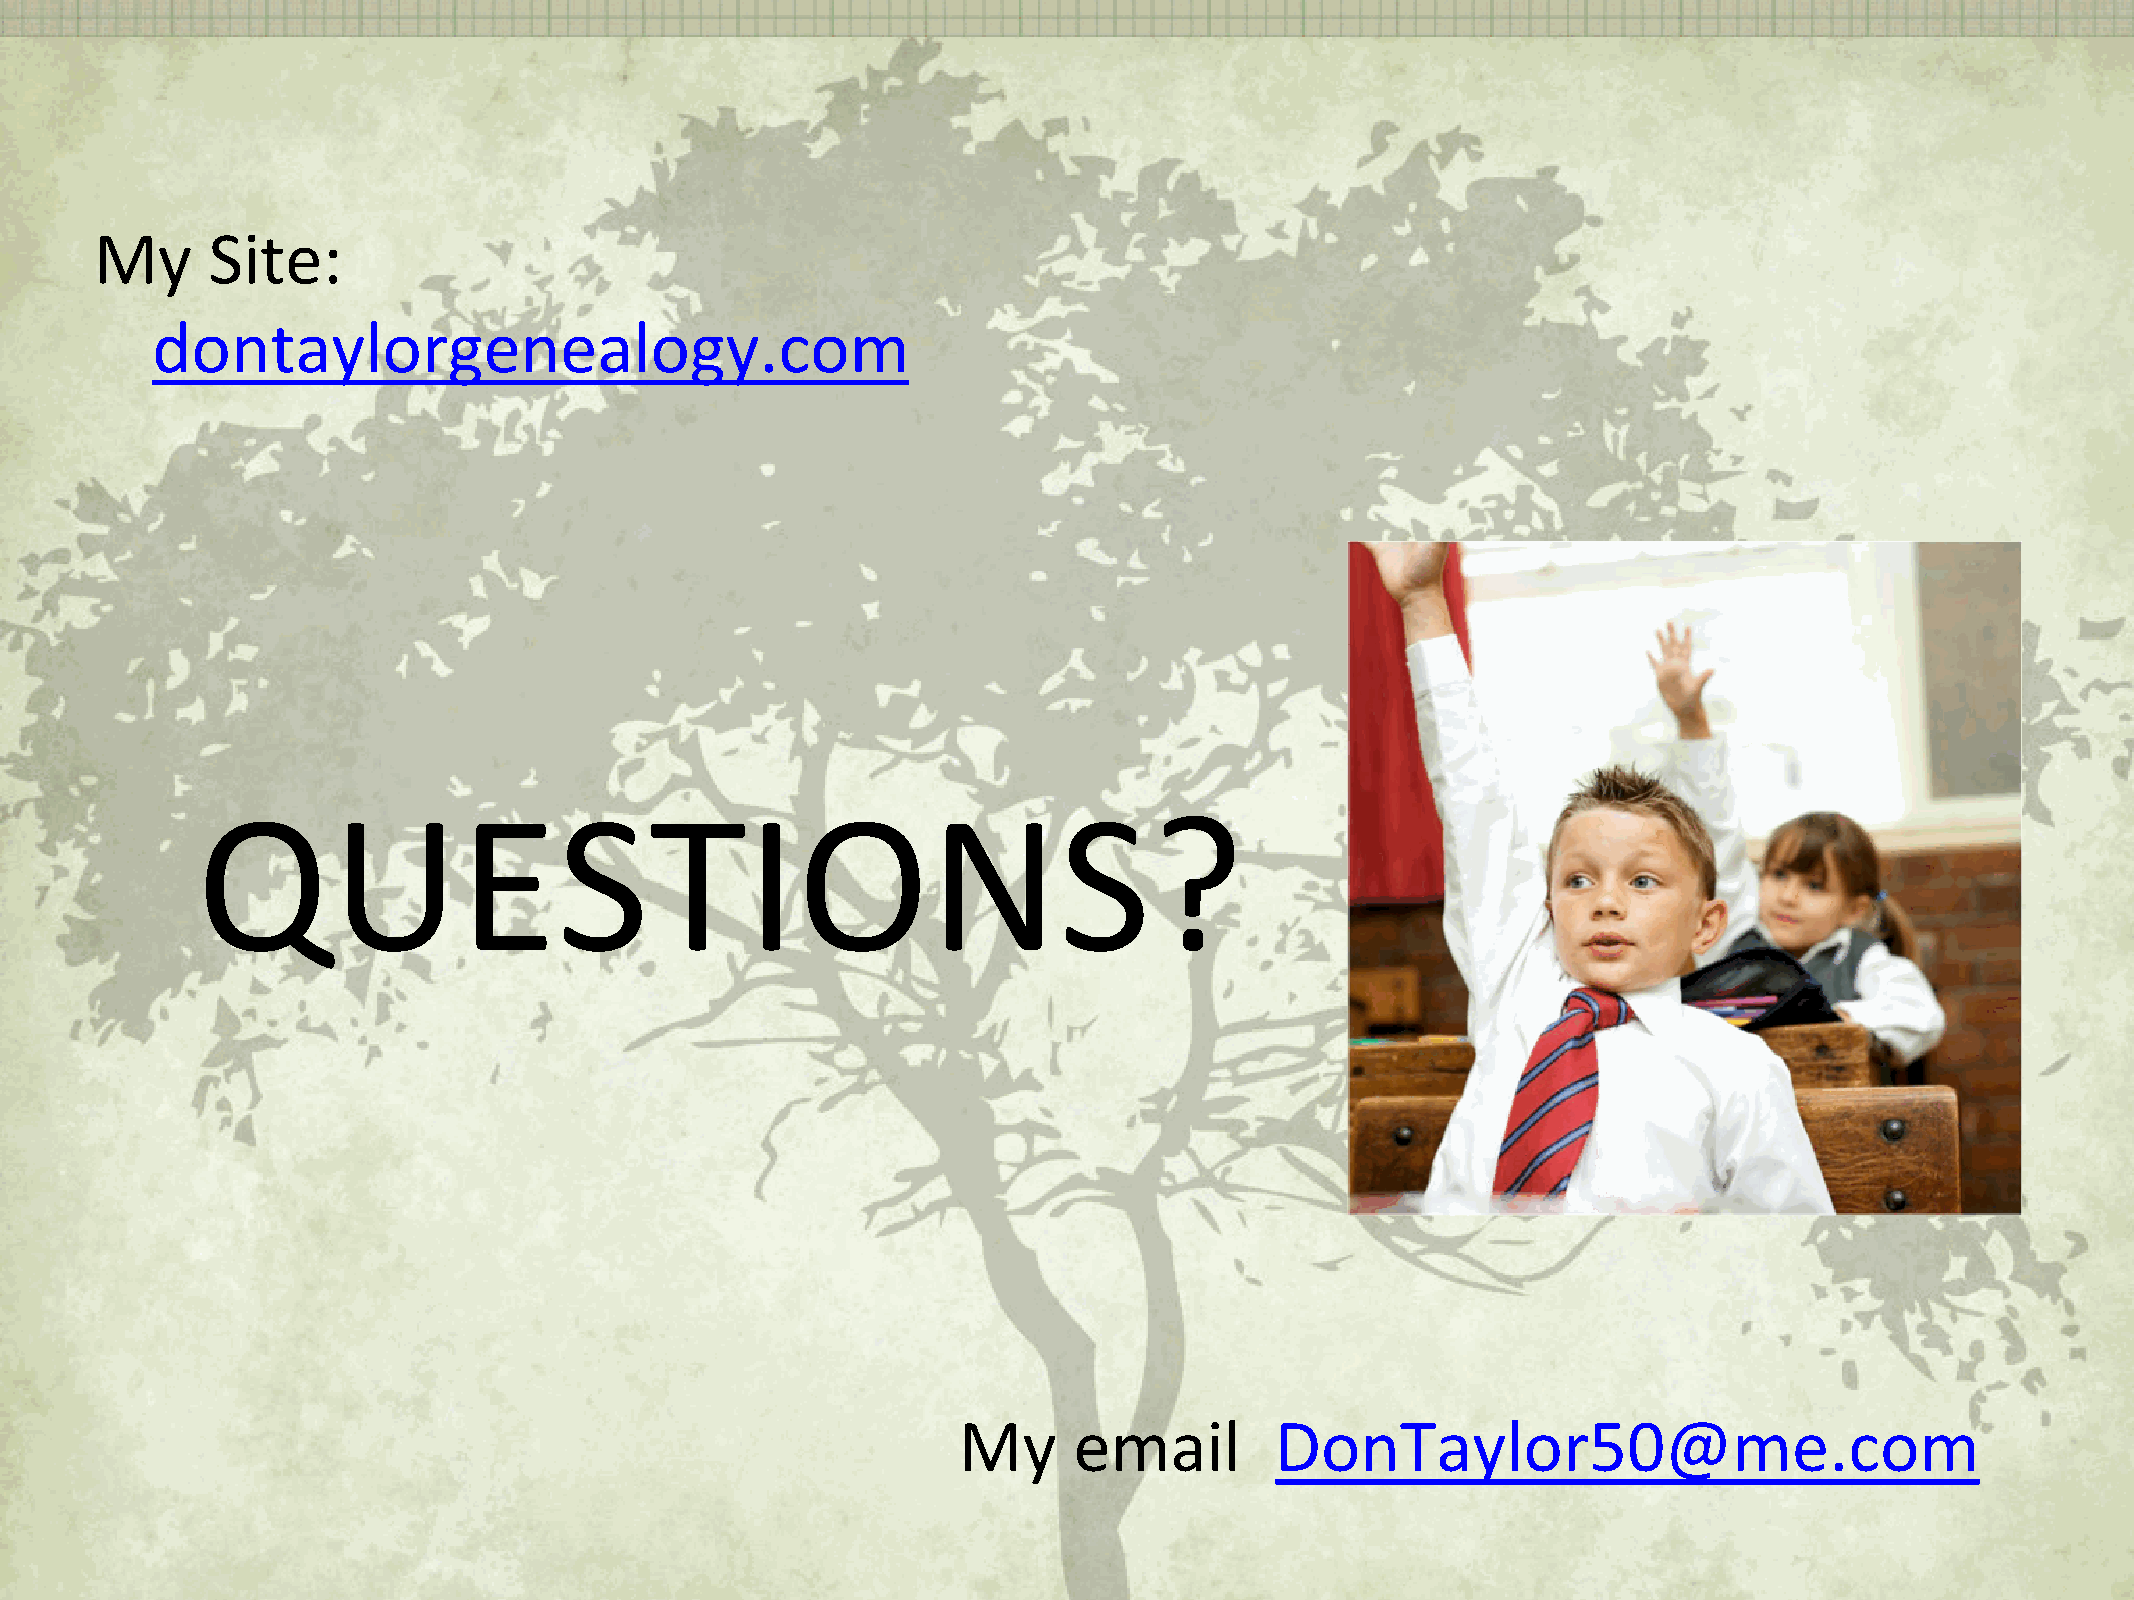
My      Site:
 dontaylorgenealogy.com
 QUESTIONS?
 My      email        DonTaylor50@me.com